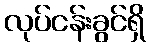
လုပ်ငန်းခွင်ရှိ